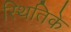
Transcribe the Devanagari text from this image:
स्थितिके